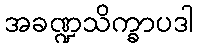
အခဏ္ဍသိက္ခာပဒါ